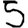
Digit: 5